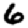
Digit: 6